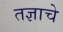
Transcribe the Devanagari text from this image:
तज्ञाचे